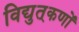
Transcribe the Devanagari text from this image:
विद्युत्‌कणों